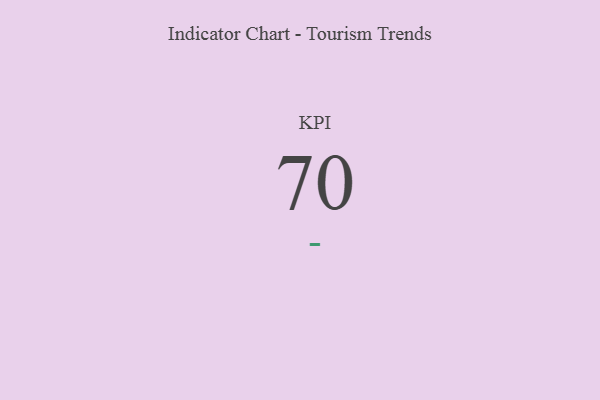
{"axis": {"x": "KPI", "y": "Value"}, "legend": [""], "data": [{"x": "KPI", "y": 70, "type": ""}]}